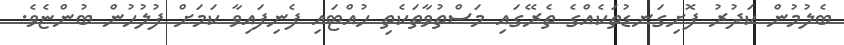
ބެލުމުން ކަދުރު ފޮށިގަނޑުތަކެއްގެ ތެރޭގައި މަސްތުވާތަކެތި ހުއްޓައި ފެނިފައިވާ ކަމަށް ފުލުހުން ބުންޏެވެ.